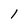
Character: 1